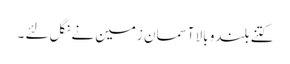
کتنے بلندو بالا آسمان زمین نے نگل لئے ۔